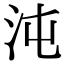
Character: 沌